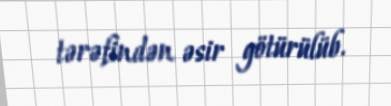
tərəfindən əsir götürülüb.